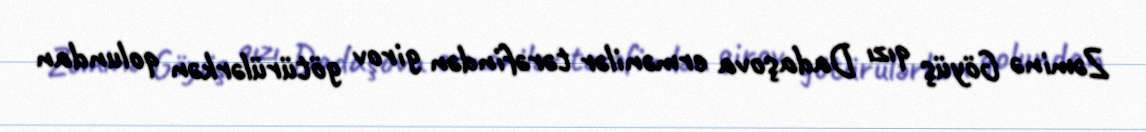
Zəminə Göyüş qızı Dadaşova ermənilər tərəfindən girov götürülərkən qolundan